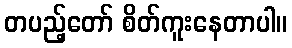
တပည့်တော် စိတ်ကူးနေတာပါ။